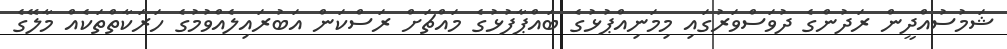
ޝަމުސުއްދީން ރަދުންގެ ދުވަސްވަރުގައި މިމަނިއްޕުޅުގެ ބައްޕާފުޅުގެ މައްޗަށް ރަސްކަން އަބުރައިލެއްވުމުގެ ހަރަކާތްތަކެއް މާލޭގެ